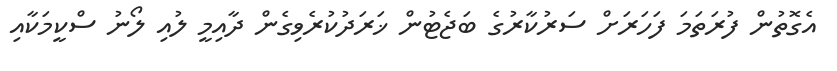
އެގޮތުން ފުރަތަމަ ފަހަރަށް ސަރުކާރުގެ ބަޖެޓުން ޚަރަދުކުރެވިގެން ދާއިމީ ލުއި ލޯނު ސްކީމަކާއި